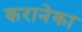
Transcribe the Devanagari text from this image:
करानेका